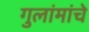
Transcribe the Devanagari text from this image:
गुलांमांचे